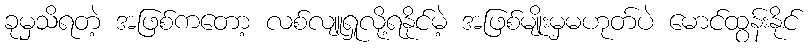
ခုမှသိရတဲ့ အဖြစ်ကတော့ လစ်လျူရှုလို့ရနိုင်မဲ့ အဖြစ်မျိုးမှမဟုတ်ပဲ မောင်ထွန်းနိုင်